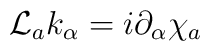
{\cal L}_a k_\alpha = i\partial_\alpha \chi_a